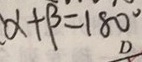
\alpha + \beta = 1 8 0 ^ { \circ }